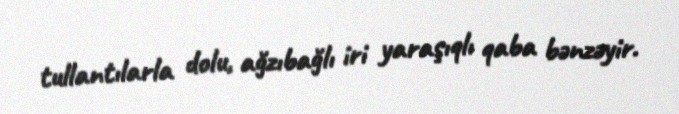
tullantılarla dolu, ağzıbağlı iri yaraşıqlı qaba bənzəyir.